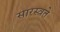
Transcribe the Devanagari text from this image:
सारस्वते